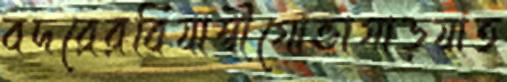
বদরেরবিযাম্বীগোভাগাড়যাত